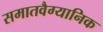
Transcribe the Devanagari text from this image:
समातवैग्यानिक